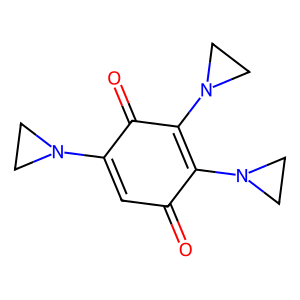
SMILES: O=C1C=C(N2CC2)C(=O)C(N2CC2)=C1N1CC1
Inhibits HIV replication: No